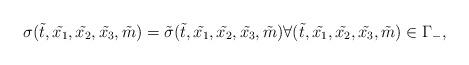
LaTeX: \begin{align*}\sigma(\tilde{t} , \tilde{x_1}, \tilde{x_2}, \tilde{x_3} , \tilde{m}) =\tilde{\sigma} (\tilde{t} , \tilde{x_1}, \tilde{x_2},\tilde{x_3},\tilde{m}) \forall (\tilde{t} , \tilde{x_1},\tilde{x_2}, \tilde{x_3},\tilde{m}) \in \Gamma_-,\end{align*}